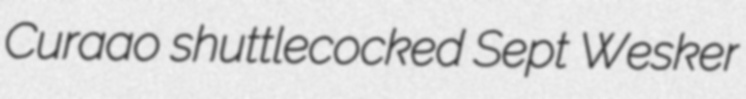
Curaao shuttlecocked Sept Wesker